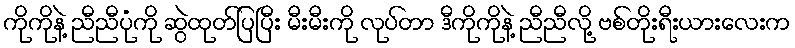
ကိုကိုနဲ့ ညီညီပုံကို ဆွဲထုတ်ပြပြီး မီးမီးကို လုပ်တာ ဒီကိုကိုနဲ့ ညီညီလို့ ဗစ်တိုးရီးယားလေးက